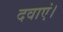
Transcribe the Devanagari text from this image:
दवाएं।